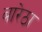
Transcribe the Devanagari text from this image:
बारेठा